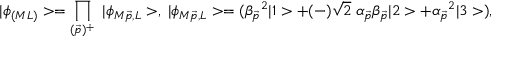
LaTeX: | \phi _ { ( M L ) } > = \prod _ { ( \vec { p } ) ^ { + } } \; | \phi _ { M \vec { p } , L } > , \; | \phi _ { M \vec { p } , L } > = ( \beta _ { \vec { p } } { } ^ { 2 } | 1 > + ( - ) \sqrt { 2 } \; \alpha _ { \vec { p } } \beta _ { \vec { p } } | 2 > + \alpha _ { \vec { p } } { } ^ { 2 } | 3 > ) ,